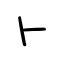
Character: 卜